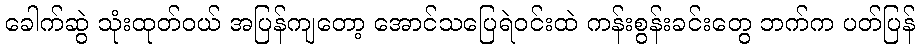
ခေါက်ဆွဲ သုံးထုတ်ဝယ် အပြန်ကျတော့ အောင်သပြေရဲဝင်းထဲ ကန်းစွန်းခင်းတွေ ဘက်က ပတ်ပြန်